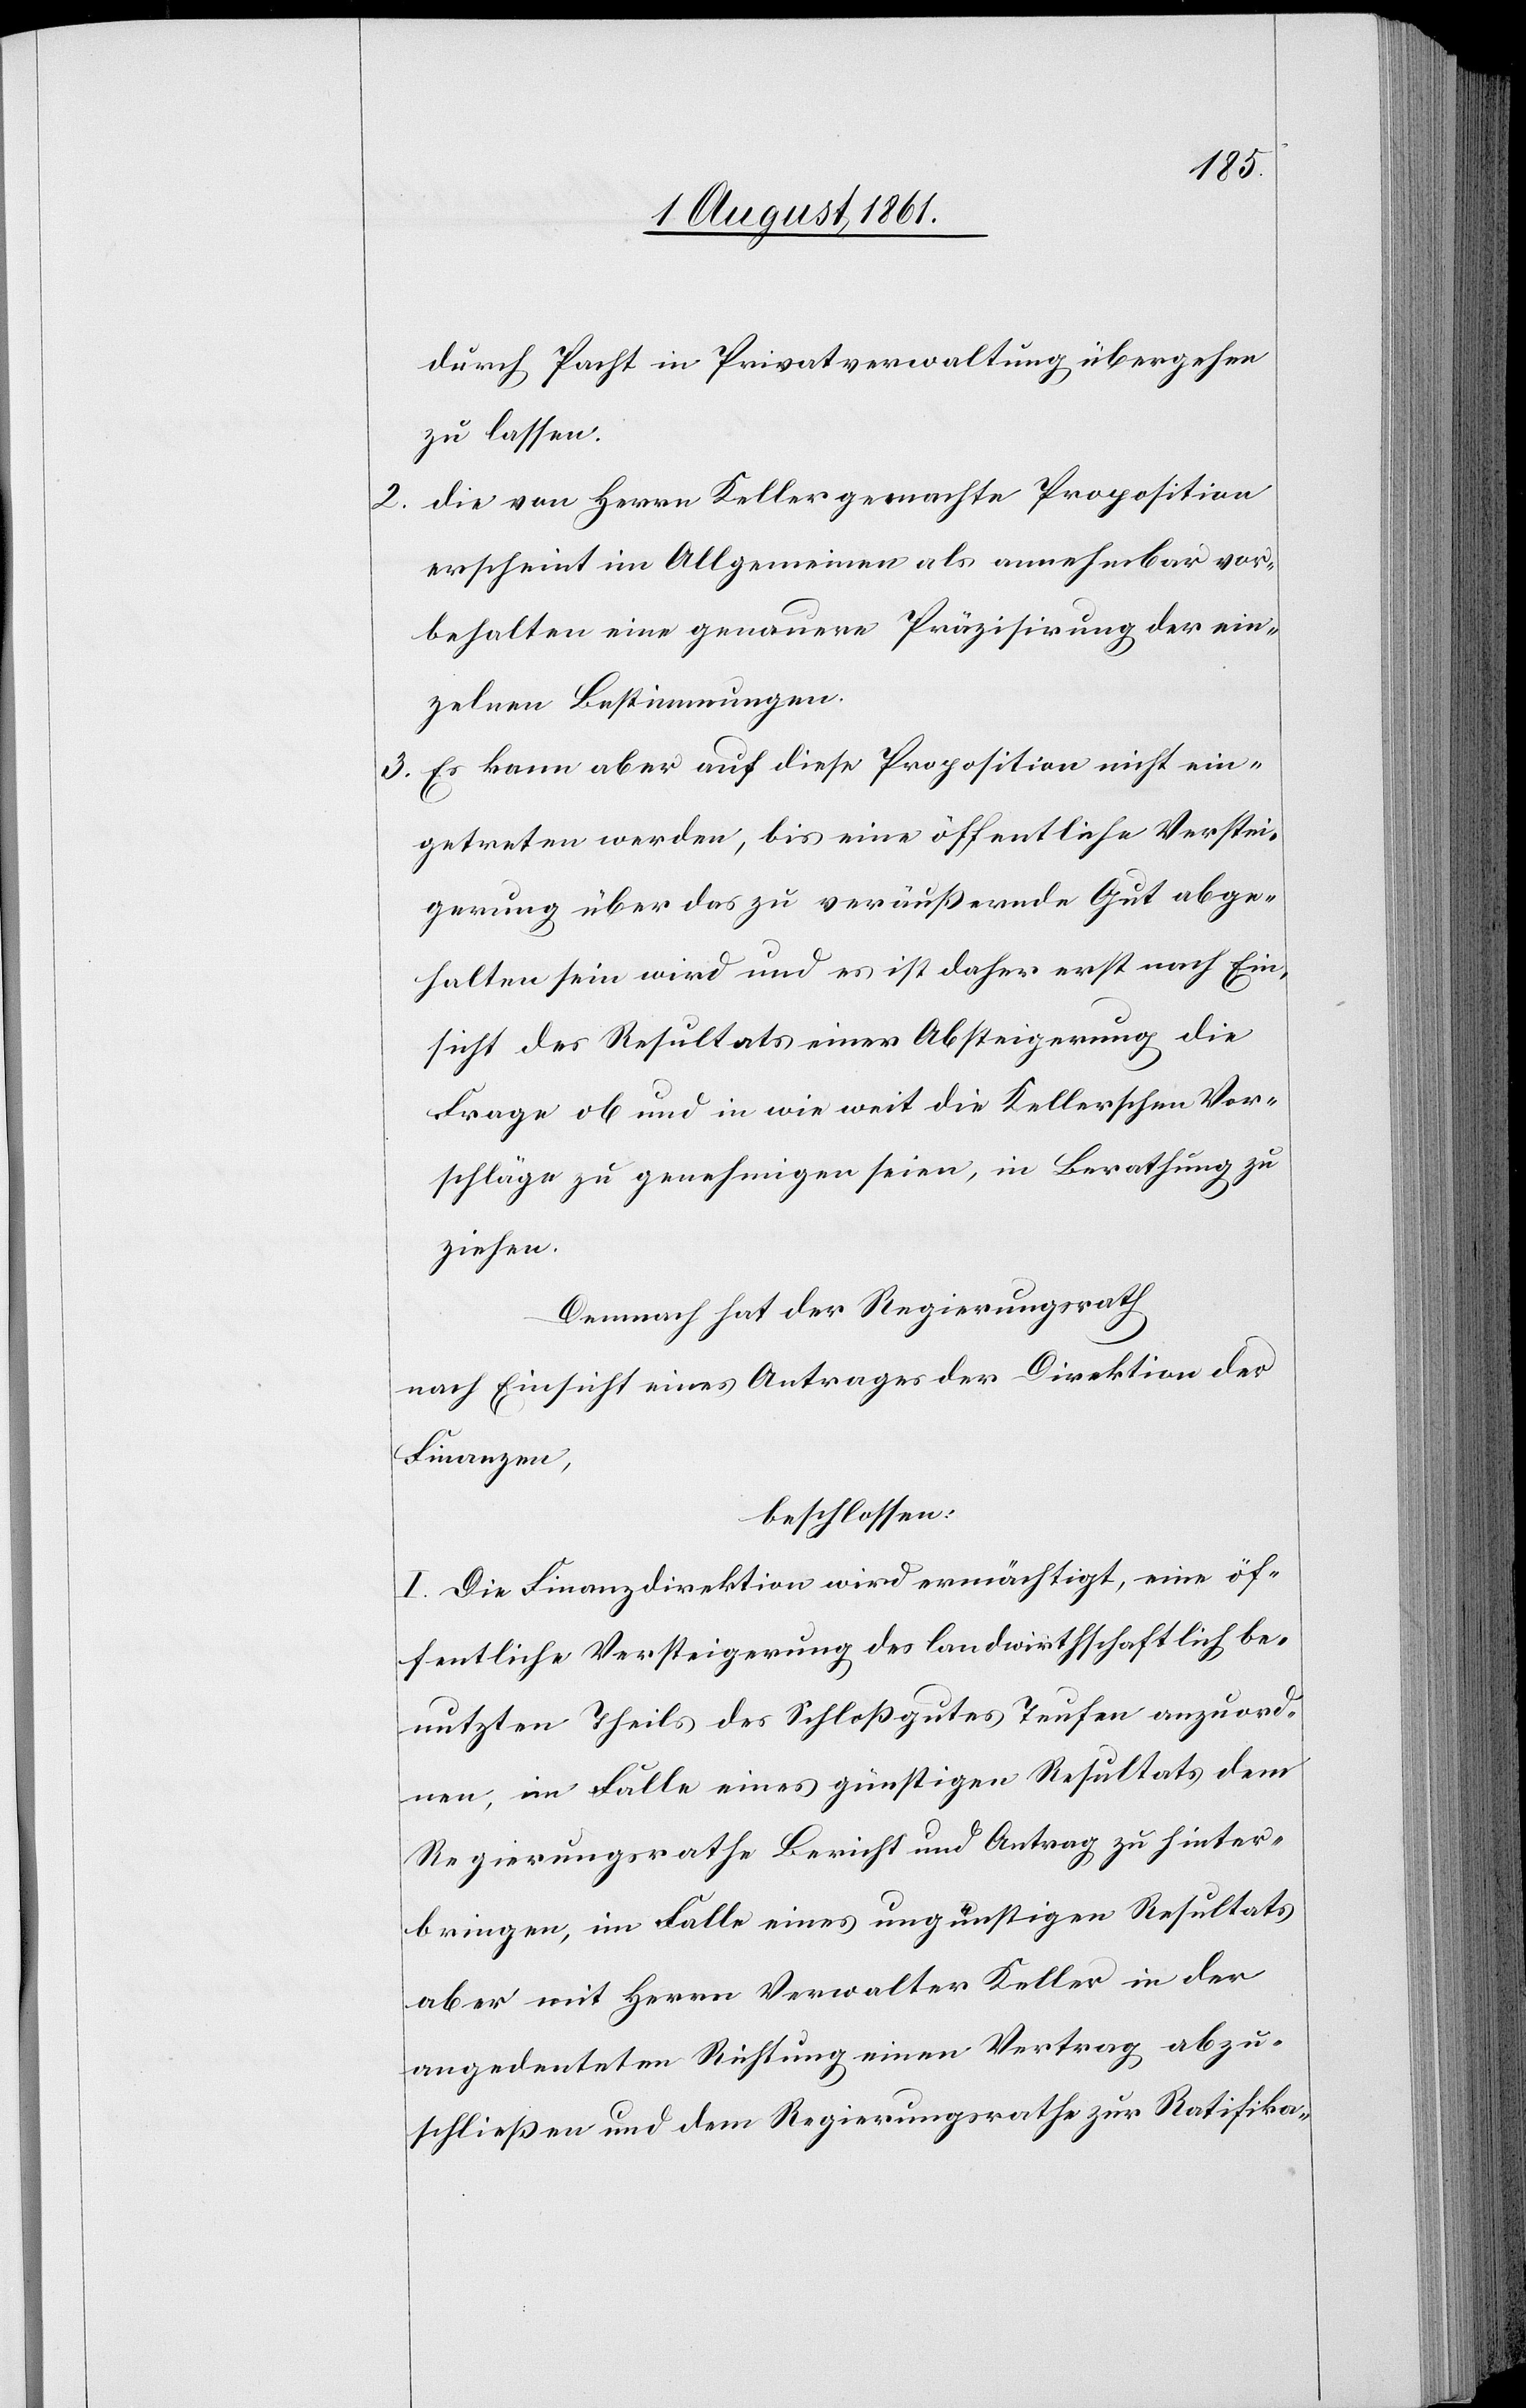
2.

durch Pacht in Privatverwaltung übergehen
zu lassen.
die von Herrn Keller gemacht Proposition
erscheint im Allgemeinen als annehmbar vor¬
behalten eine genauere Präzisirung der ein¬
zelnen Bestimmungen.
3. Es kann aber auf diese Proposition nicht ein¬
getreten werden, bis eine öffentliche Verstei¬
gerung über das zu veräußernde Gut abge¬
halten sein wird und es ist daher erst nach Ein¬
sicht des Resultates einer Absteigerung die
Frage ob und in wie weit die Kellerschen Vor¬
schläge zu genehmigen seien, in Berathung zu
ziehen.
Demnach hat der Regierungsrath
nach Einsicht eines Antrages der Direktion der
Finanzen,
beschlossen:
I. Die Finanzdirektion wird ermächtigt, eine öf¬
fentliche Versteigerung des landwirthschaftlich be¬
nutzten Theils des Schloßgutes Teufen anzuord¬
nen, im Falle eines günstigen Resultats dem
Regierungsrathe Bericht und Antrag zu hinter¬
bringen, im Falle eines ungünstigen Resultats
aber mit Herrn Verwalter Keller in der
angedeuteten Richtung einen Vertrag abzu¬
schließen und dem Regierungsrathe zur Ratifika-